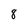
Character: 8